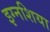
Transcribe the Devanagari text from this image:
इग्नशिया